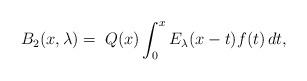
LaTeX: \begin{align*}B_2(x,\lambda)= \; Q(x) \int_0^x E_\lambda(x-t)f(t)\,dt,\end{align*}